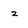
Character: z